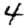
Digit: 4